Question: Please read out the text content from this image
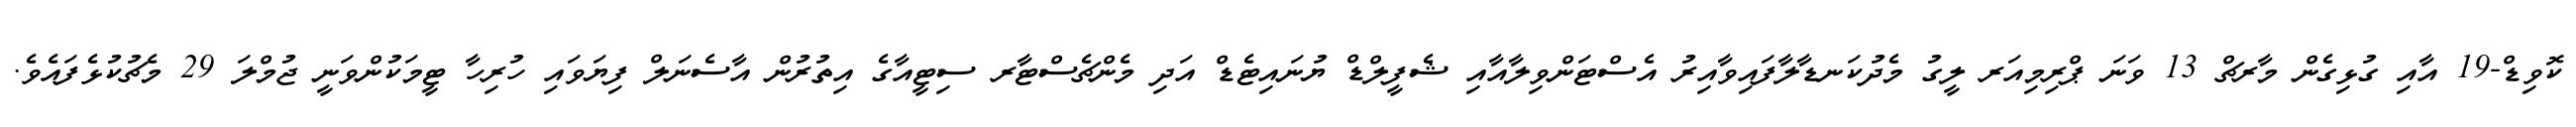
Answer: ކޮވިޑް-19 އާއި ގުޅިގެން މާރޗް 13 ވަނަ ޕްރިމިއަރ ލީގު މެދުކަނޑާލާފައިވާއިރު އެސްޓަންވިލާއާއި ޝެފީލްޑް ޔުނައިޓެޑް އަދި މެންޗެސްޓާރ ސިޓީއާގެ އިތުރުން އާސެނަލް ފިޔަވައި ހުރިހާ ޓީމަކުންވަނީ ޖުމްލަ 29 މެޗުކުޅެފައެވެ.